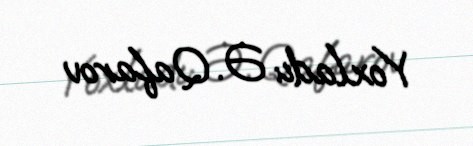
Yoxladı: Ə. Qafarov